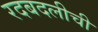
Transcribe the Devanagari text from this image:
रदबदलीची